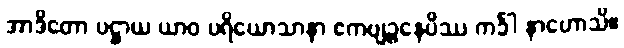
အာဒိတော ပဋ္ဌာယ ယာဝ ပရိယောသာနာ ဧကဗျဉ္ဇနေပိဿ ကင်္ခါ နာဟောသိ။